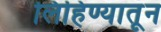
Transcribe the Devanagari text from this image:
लिहिण्यातून